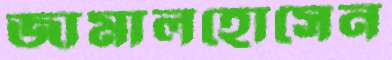
জামালহোসেন